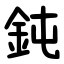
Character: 鈍